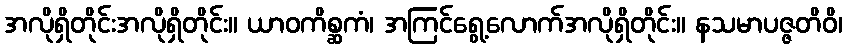
အလိုရှိတိုင်းအလိုရှိတိုင်း။ ယာဝကိစ္ဆကံ၊ အကြင်ရွေ့လောက်အလိုရှိတိုင်း။ နသမာပဇ္ဇတိဝိ၊